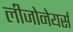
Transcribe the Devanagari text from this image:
लीजोनेयर्स